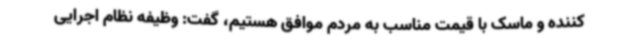
کننده و ماسک با قیمت مناسب به مردم موافق هستیم، گفت: وظیفه نظام اجرایی